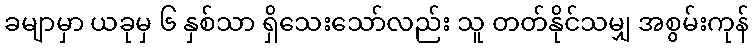
ခမျာမှာ ယခုမှ ၆ နှစ်သာ ရှိသေးသော်လည်း သူ တတ်နိုင်သမျှ အစွမ်းကုန်